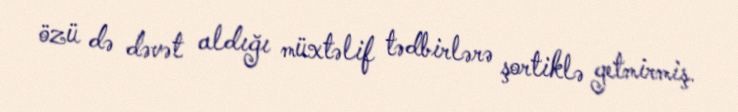
özü də dəvət aldığı müxtəlif tədbirlərə şortiklə getmirmiş.